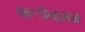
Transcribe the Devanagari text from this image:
एल्डेबरन